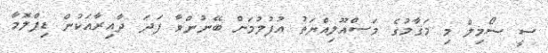
ސީ ސޯމިލް މި މަޤާމުގެ މަސްއޫލިއްޔަތު އުފުލުމަށް ބޭނުންވާ ފަދަ ދާއިރާއަކުން ޑިޕްލޮމާ